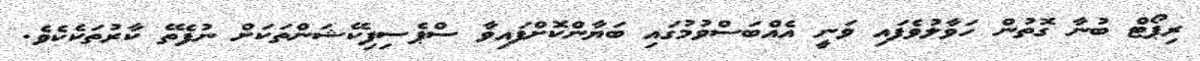
ރިޕޯޓް ބުނާ ގޮތުން ހަވާލުވެފައި ވަނީ އެއްބަސްވުމުގައި ބަޔާންކޮށްފައިވާ ސްޕެސިފިކޭޝަންތަކަށް ނުފެތޭ ކާރުތަކެކެވެ.